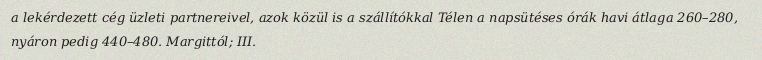
a lekérdezett cég üzleti partnereivel, azok közül is a szállítókkal Télen a napsütéses órák havi átlaga 260–280, nyáron pedig 440–480. Margittól; III.